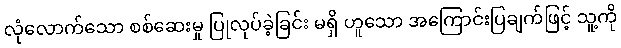
လုံလောက်သော စစ်ဆေးမှု ပြုလုပ်ခဲ့ခြင်း မရှိ ဟူသော အကြောင်းပြချက်ဖြင့် သူ့ကို